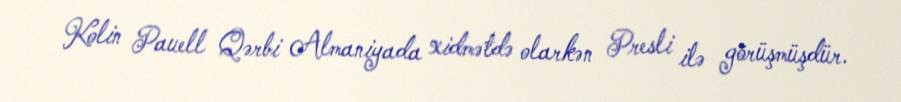
Kolin Pauell Qərbi Almaniyada xidmətdə olarkən Presli ilə görüşmüşdür.